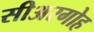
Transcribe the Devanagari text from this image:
सीअरगोह